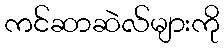
ကင်ဆာဆဲလ်များကို